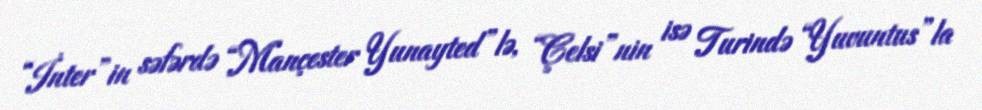
“İnter”in səfərdə “Mançester Yunayted”lə, “Çelsi”nin isə Turində “Yuvuntus”la